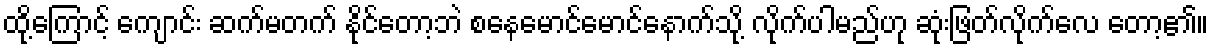
ထို့ကြောင့် ကျောင်း ဆက်မတက် နိုင်တော့ဘဲ စနေမောင်မောင်နောက်သို့ လိုက်ပါမည်ဟု ဆုံးဖြတ်လိုက်လေ တော့၏။